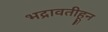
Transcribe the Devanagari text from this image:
भद्रावतीहून